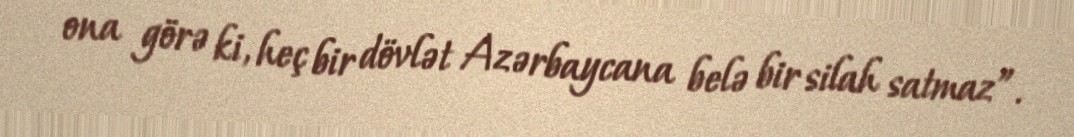
ona görə ki, heç bir dövlət Azərbaycana belə bir silah satmaz”.